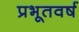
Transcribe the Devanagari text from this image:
प्रभूतवर्ष